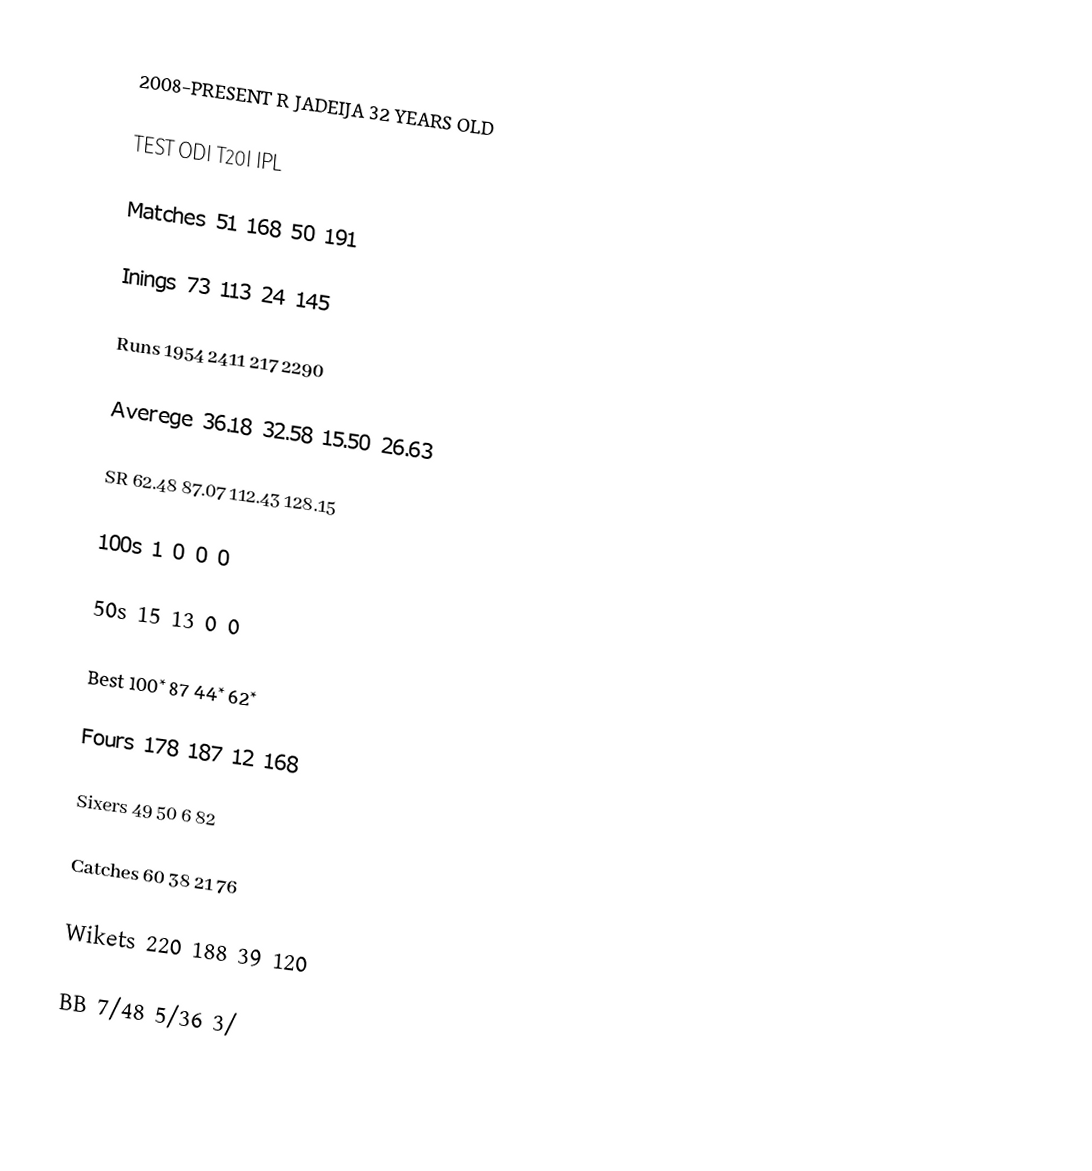
2008-PRESENT                                                  R  JADEIJA                                              32 YEARS OLD

                            TEST                                         ODI                                        T20I                                        IPL        

Matches              51                                           168                                         50                                           191

Inings                    73                                           113                                         24                                           145

Runs                      1954                                       2411                                       217                                         2290

Averege               36.18                                     32.58                                     15.50                                     26.63

SR                           62.48                                     87.07                                     112.43                                   128.15

100s                       1                                              0                                              0                                              0

50s                         15                                           13                                           0                                              0

Best                       100*                                      87                                           44*                                         62*

Fours                     178                                         187                                         12                                           168

Sixers                    49                                           50                                           6                                              82

Catches                                60                                           38                                           21                                           76

Wikets                  220                                         188                                         39                                           120

BB                           7/48                                       5/36                                       3/